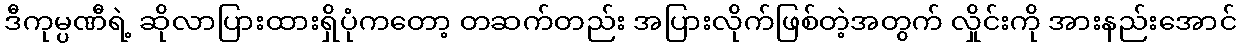
ဒီကုမ္ပဏီရဲ့ ဆိုလာပြားထားရှိပုံကတော့ တဆက်တည်း အပြားလိုက်ဖြစ်တဲ့အတွက် လှိုင်းကို အားနည်းအောင်